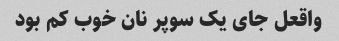
واقعل جای یک سوپر نان خوب کم بود